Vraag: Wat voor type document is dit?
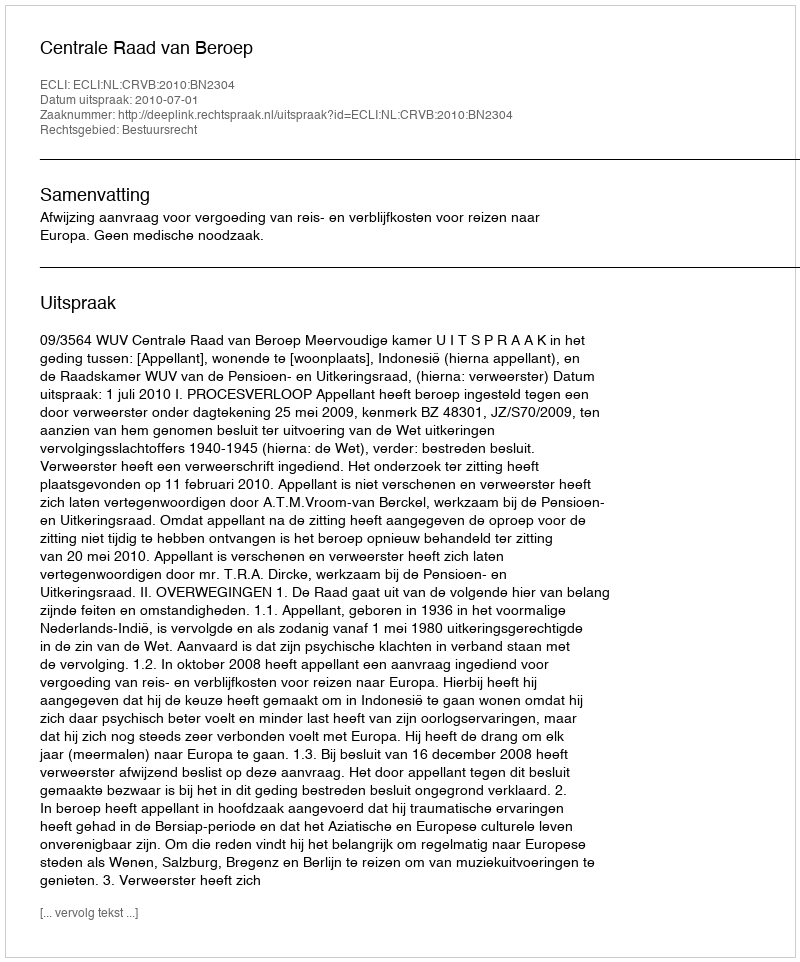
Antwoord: Uitspraak